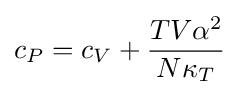
c_{P}=c_{V}+{\frac {TV\alpha ^{2}}{N\kappa _{T}}}